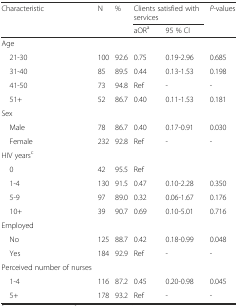
| Characteristic | N | % | <COLSPAN=2> Clients satisfied with services | P-values |
 |  |  |  | aORa | 95 % CI |  |
 | --- | --- | --- | --- | --- | --- |
 | Age |  |  |  |  |  |
 | 21-30 | 100 | 92.6 | 0.75 | 0.19-2.96 | 0.685 |
 | 31-40 | 85 | 89.5 | 0.44 | 0.13-1.53 | 0.198 |
 | 41-50 | 73 | 94.8 | Ref | - | - |
 | 51+ | 52 | 86.7 | 0.40 | 0.11-1.53 | 0.181 |
 | Sex |  |  |  |  |  |
 | Male | 78 | 86.7 | 0.40 | 0.17-0.91 | 0.030 |
 | Female | 232 | 92.8 | Ref | - | - |
 | HIV yearsc |  |  |  |  |  |
 | 0 | 42 | 95.5 | Ref |  |  |
 | 1-4 | 130 | 91.5 | 0.47 | 0.10-2.28 | 0.350 |
 | 5-9 | 97 | 89.0 | 0.32 | 0.06-1.67 | 0.176 |
 | 10+ | 39 | 90.7 | 0.69 | 0.10-5.01 | 0.716 |
 | Employed |  |  |  |  |  |
 | No | 125 | 88.7 | 0.42 | 0.18-0.99 | 0.048 |
 | Yes | 184 | 92.9 | Ref | - | - |
 | Perceived number of nurses |  |  |  |  |  |
 | 1-4 | 116 | 87.2 | 0.45 | 0.20-0.98 | 0.045 |
 | 5+ | 178 | 93.2 | Ref | - | - |